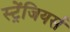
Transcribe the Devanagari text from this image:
स्ट्रेंजियर्स